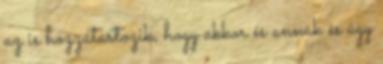
az is hozzátartozik, hogy akkor és annak és úgy